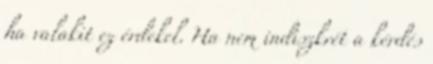
ha valakit ez érdekel. Ha nem indiszkrét a kérdés